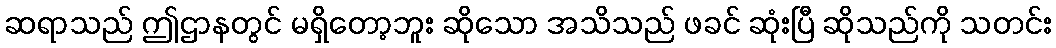
ဆရာသည် ဤဌာနတွင် မရှိတော့ဘူး ဆိုသော အသိသည် ဖခင် ဆုံးပြီ ဆိုသည်ကို သတင်း